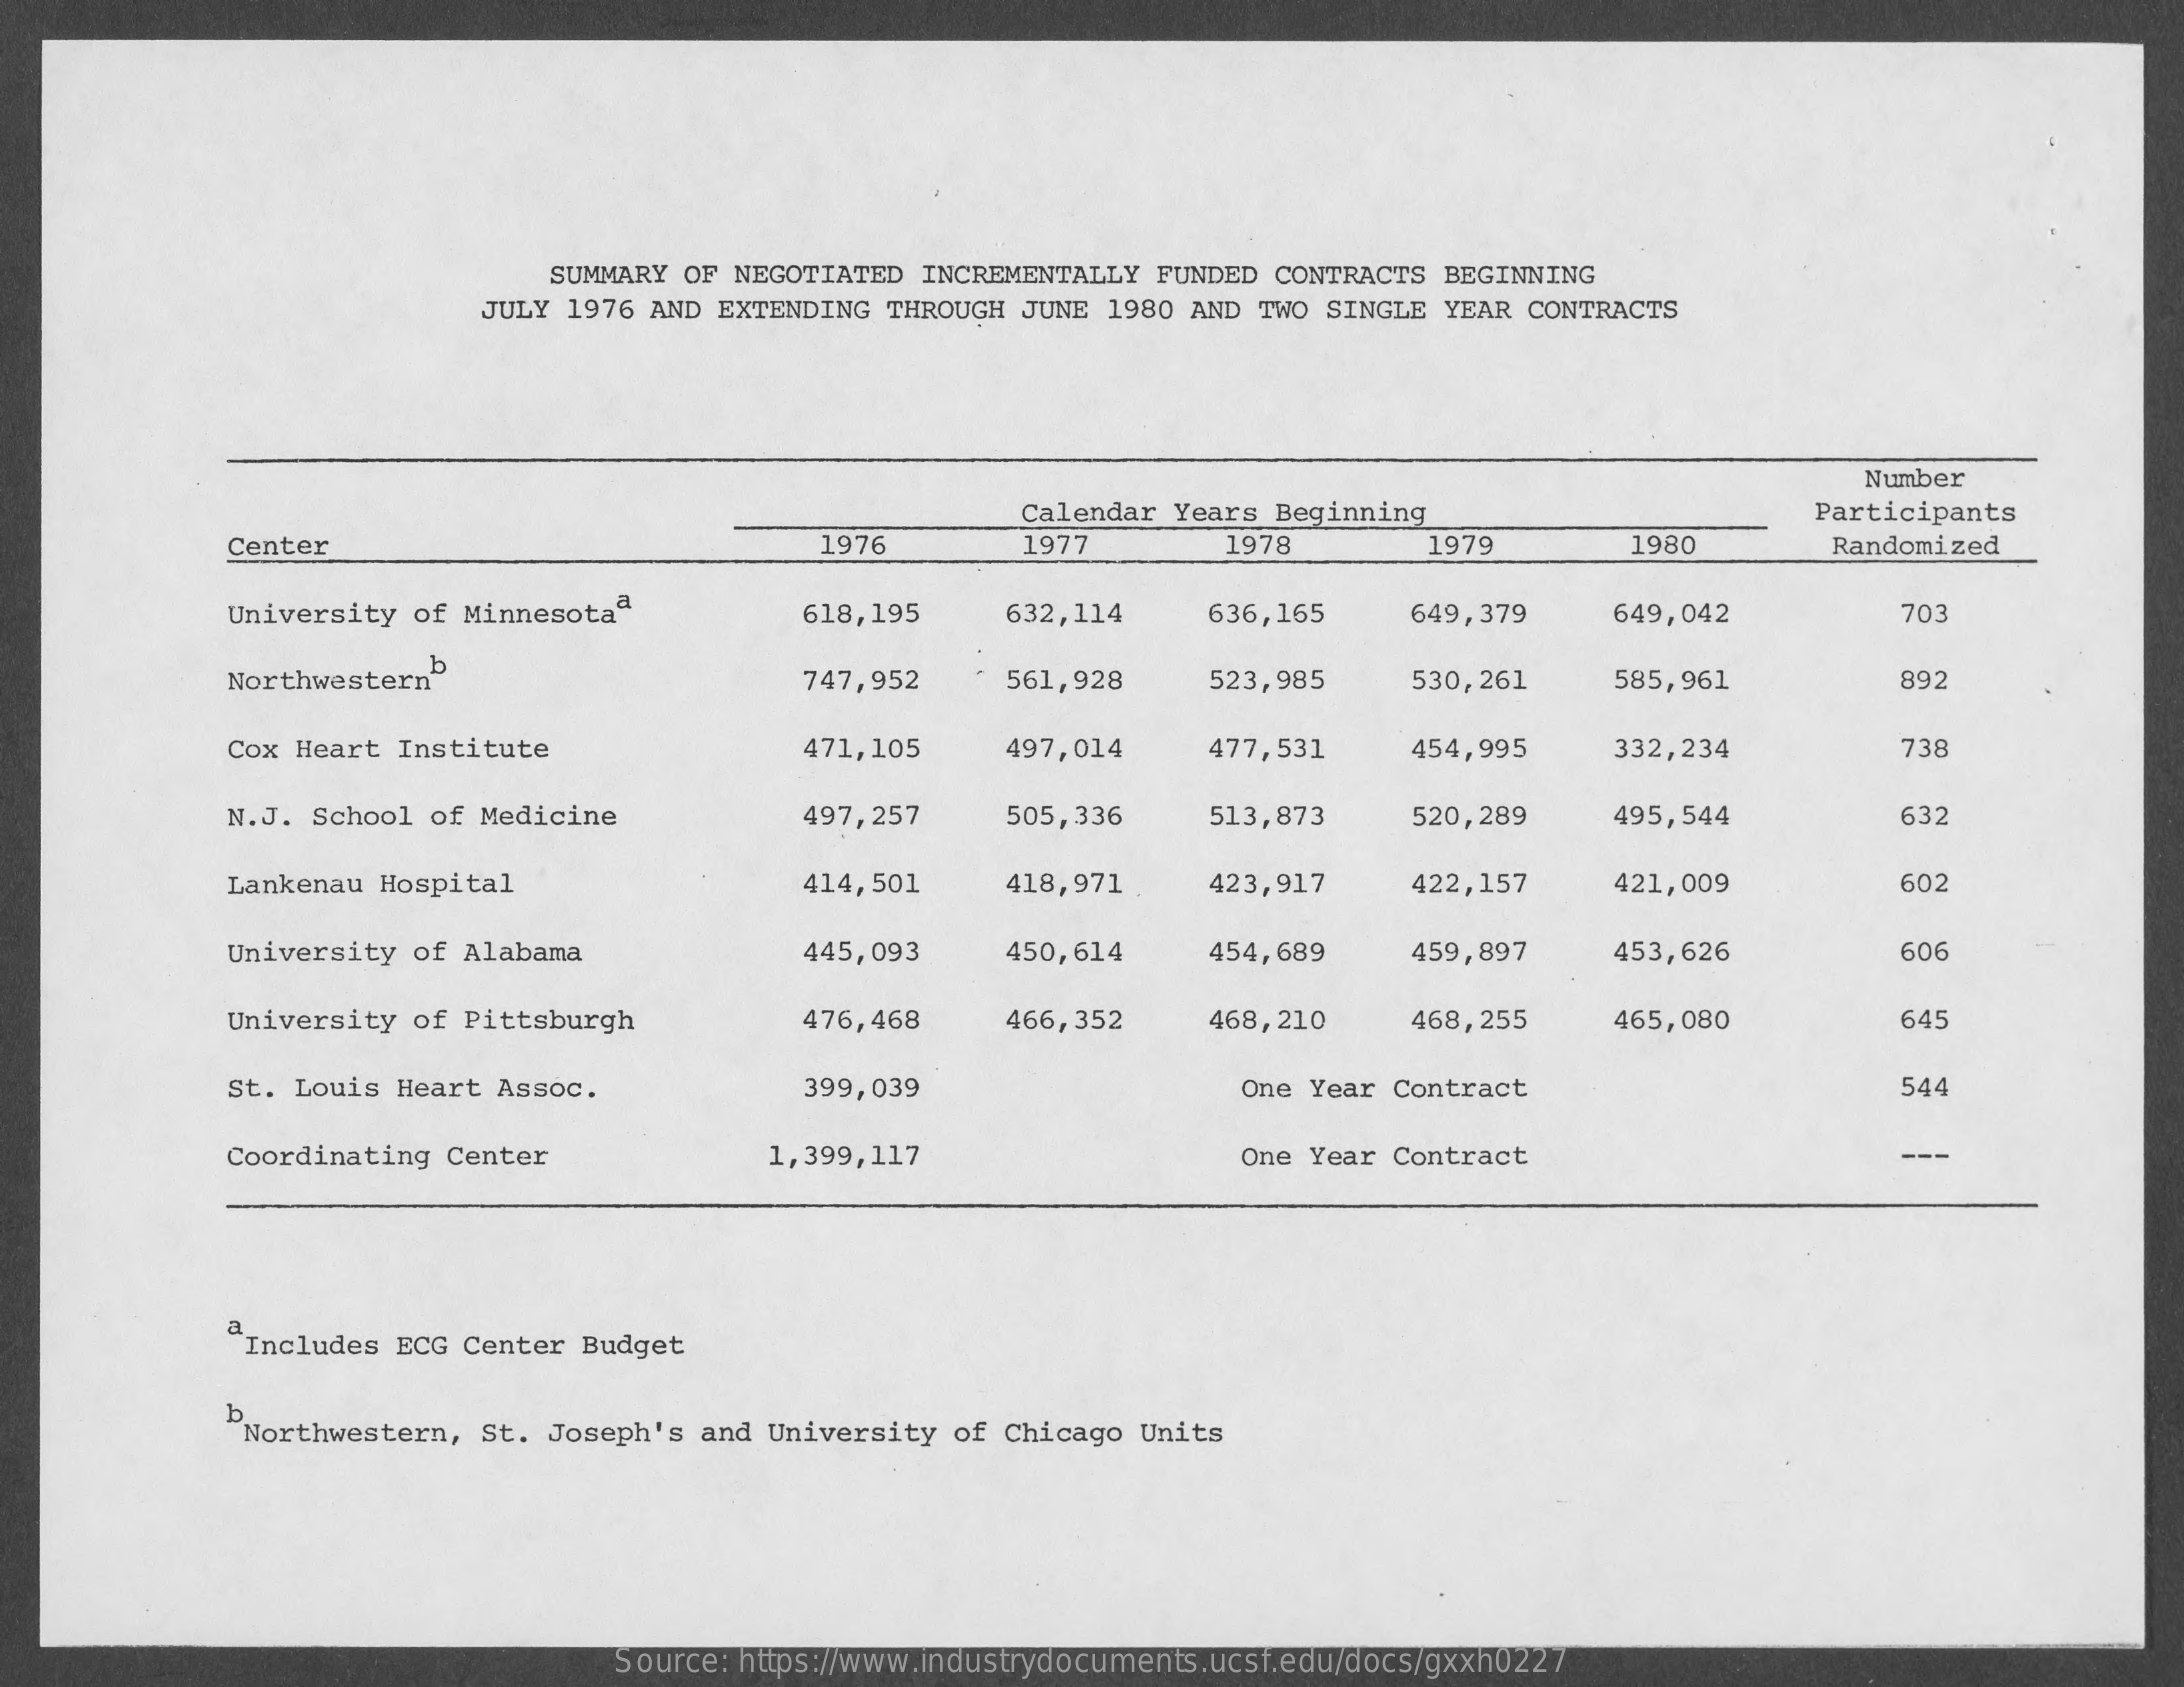
SUMMARY OF NEGOTIATED INCREMENTALLY FUNDED CONTRACTS BEGINNING
     JULY 1976 AND EXTENDING THROUGH JUNE 1980 AND TWO SINGLE YEAR CONTRACTS
     Number
     Calendar Years Beginning   Participants
     Center    1976   1977   1978   1979   1980   Randomized
     University of Minnesotaª 618,195 632,114 636,165 649,379 649,042 703
     Northwestern    747,952 561,928 523,985 530,261 585,961 892
     Cox Heart Institute 471,105 497,014 477,531 454,995 332,234 738
     N.J. School of Medicine 497,257 505,336 513,873 520,289 495,544 632
     Lankenau Hospital   414,501 418,971 423,917 422,157 421,009 602
     University of Alabama 445,093 450,614 454,689 459,897 453,626 606
     University of Pittsburgh 476,468 466,352 468,210 468,255 465,080 645
     St. Louis Heart Assoc. 399,039    One Year Contract    544
     Coordinating Center 1,399,117    One Year Contract    ---
     Includes ECG Center Budget
     b. Northwestern, St. Joseph's and University of Chicago Units
     Source: https://www.industrydocuments.ucsf.edu/docs/gxxh0227